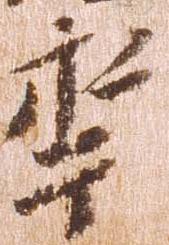
年